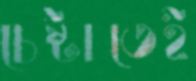
চেষ্টাতেই